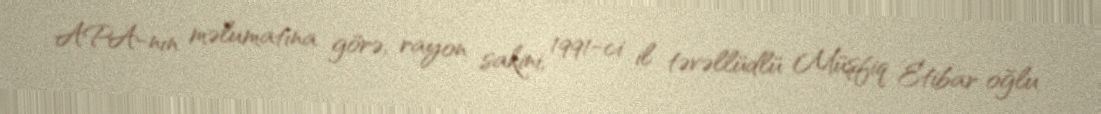
APA-nın məlumatına görə, rayon sakini, 1991-ci il təvəllüdlü Müşfiq Etibar oğlu